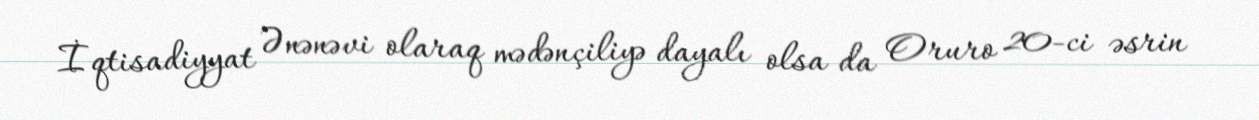
İqtisadiyyat Ənənəvi olaraq mədənçiliyə dayalı olsa da Oruro 20-ci əsrin